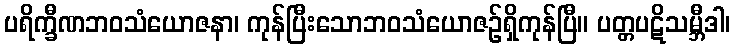
ပရိက္ခီဏဘဝသံယောဇနာ၊ ကုန်ပြီးသောဘဝသံယောဇဉ်ရှိကုန်ပြီ။ ပတ္တပဋိသမ္ဘီဒါ၊